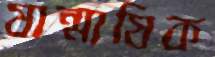
ষান্মাষিক